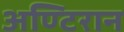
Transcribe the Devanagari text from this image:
अण्टिरान